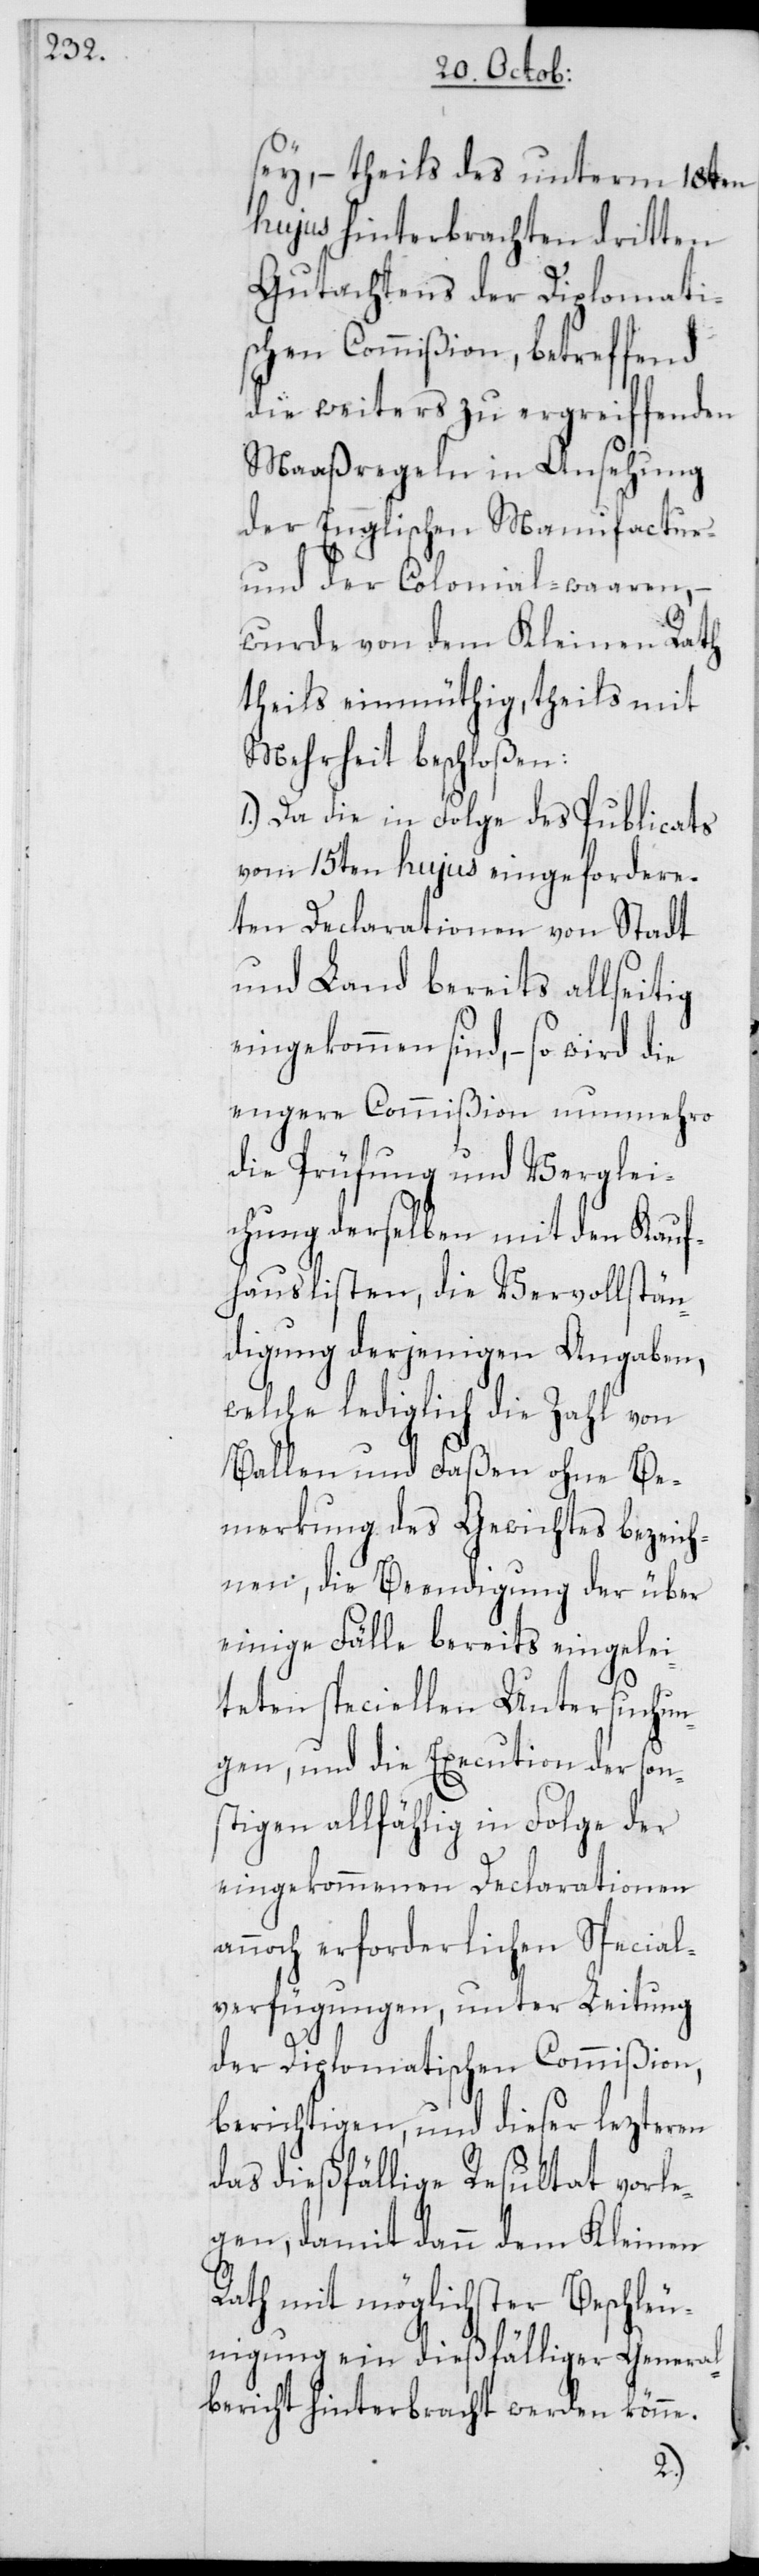
sey, – theils des unterm 18ten
hujus hinterbrachten dritten
Gutachtens der Diplomatis¬
chen Commißion, betreffend
die weiters zu ergreiffenden
Maaßregeln in Ansehung
der Englischen Manufactur-
und der Colonialwaaren,
–
wurde von dem Kleinen Rath
theils einmüthig, theils mit
Mehrheit beschloßen:
1. Da die in Folge des Publicats
vom 15ten hujus eingefordere¬
ten Declarathionen von Stadt
und Land bereits allseitig
eingekommen sind, – so wird die
engere Commißion nunmehro
die Prüfung und Verglei¬
chung derselben mit den Kauf¬
hauslisten, die Vervollstän¬
digung derjenigen Angaben,
welche lediglich die Zahl von
Ballen und Faßen ohne Be¬
merkung des Gewichtes bezeich¬
nen, die Beendigung der über
einige Fälle bereits eingelei¬
teten speciellen Untersuchun¬
gen, und die Execution der son¬
stigen allfählig in Folge der
eingekommenen Declarationen
annoch erforderlichen Spezial¬
verfügungen, unter Leitung
der Diplomatischen Commißion,
berichtigen, und dieser lezteren
das dießfällige Resultat vorle¬
gen, damit dann dem Kleinen
Rath mit möglichster Beschleu¬
nigung ein dießfälliger General¬
bericht hinterbracht werden könne.